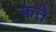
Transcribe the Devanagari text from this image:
फते